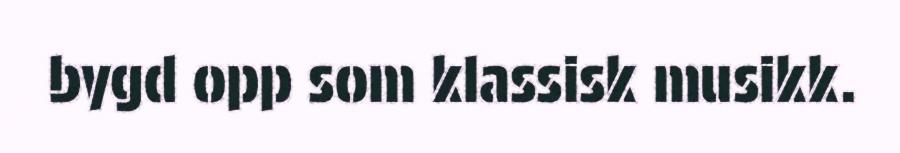
bygd opp som klassisk musikk.